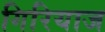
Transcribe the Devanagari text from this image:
गिरियाज